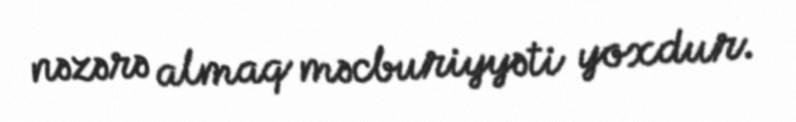
nəzərə almaq məcburiyyəti yoxdur.